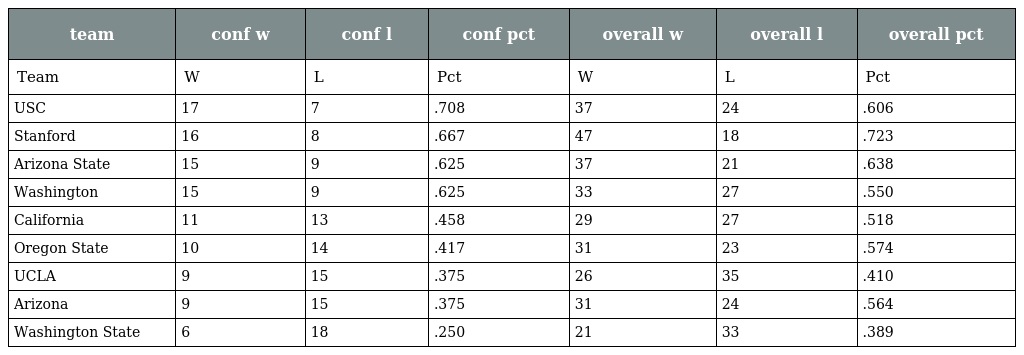
| team | conf w | conf l | conf pct | overall w | overall l | overall pct |
 | --- | --- | --- | --- | --- | --- | --- |
 | Team | W | L | Pct | W | L | Pct |
 | USC | 17 | 7 | .708 | 37 | 24 | .606 |
 | Stanford | 16 | 8 | .667 | 47 | 18 | .723 |
 | Arizona State | 15 | 9 | .625 | 37 | 21 | .638 |
 | Washington | 15 | 9 | .625 | 33 | 27 | .550 |
 | California | 11 | 13 | .458 | 29 | 27 | .518 |
 | Oregon State | 10 | 14 | .417 | 31 | 23 | .574 |
 | UCLA | 9 | 15 | .375 | 26 | 35 | .410 |
 | Arizona | 9 | 15 | .375 | 31 | 24 | .564 |
 | Washington State | 6 | 18 | .250 | 21 | 33 | .389 |